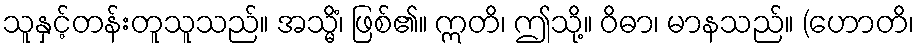
သူနှင့်တန်းတူသူသည်။ အသ္မိံ၊ ဖြစ်၏။ ဣတိ၊ ဤသို့။ ဝိဓာ၊ မာနသည်။ (ဟောတိ၊